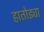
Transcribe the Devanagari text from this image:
हातोड्या